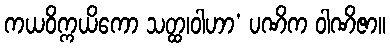
ကယဝိက္ကယိကော သတ္ထ၊ဝါဟာ’ ပဏိက ဝါဏိဇာ။